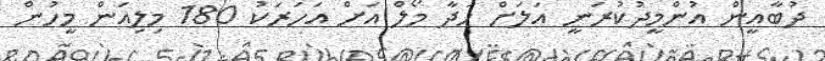
ދުބާއީން އުންމީދުކުރަނީ އަލަށް ހަދާ މޯލް އަށް އަހަރަކު 180 މިލިއަން މީހުން